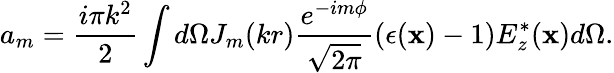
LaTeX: a_{m}=\frac{i\pi k^{2}}{2}\int d\Omega J_{m}(kr)\frac{e^{-im\phi}}{\sqrt{2\pi}}(\epsilon({\mathbf x})-1)E_{z}^{*}({\mathbf x})d\Omega.